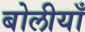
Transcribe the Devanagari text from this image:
बोलीयाँ